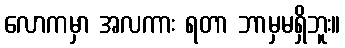
လောကမှာ အလကား ရတာ ဘာမှမရှိဘူး။